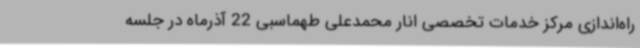
راه‌اندازی مرکز خدمات تخصصی انار محمدعلی طهماسبی 22 آذرماه در جلسه